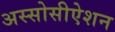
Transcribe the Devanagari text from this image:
अस्सोसीऐशन